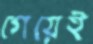
গেয়েই